Leningradi_Edasi_toimetus, lk 5
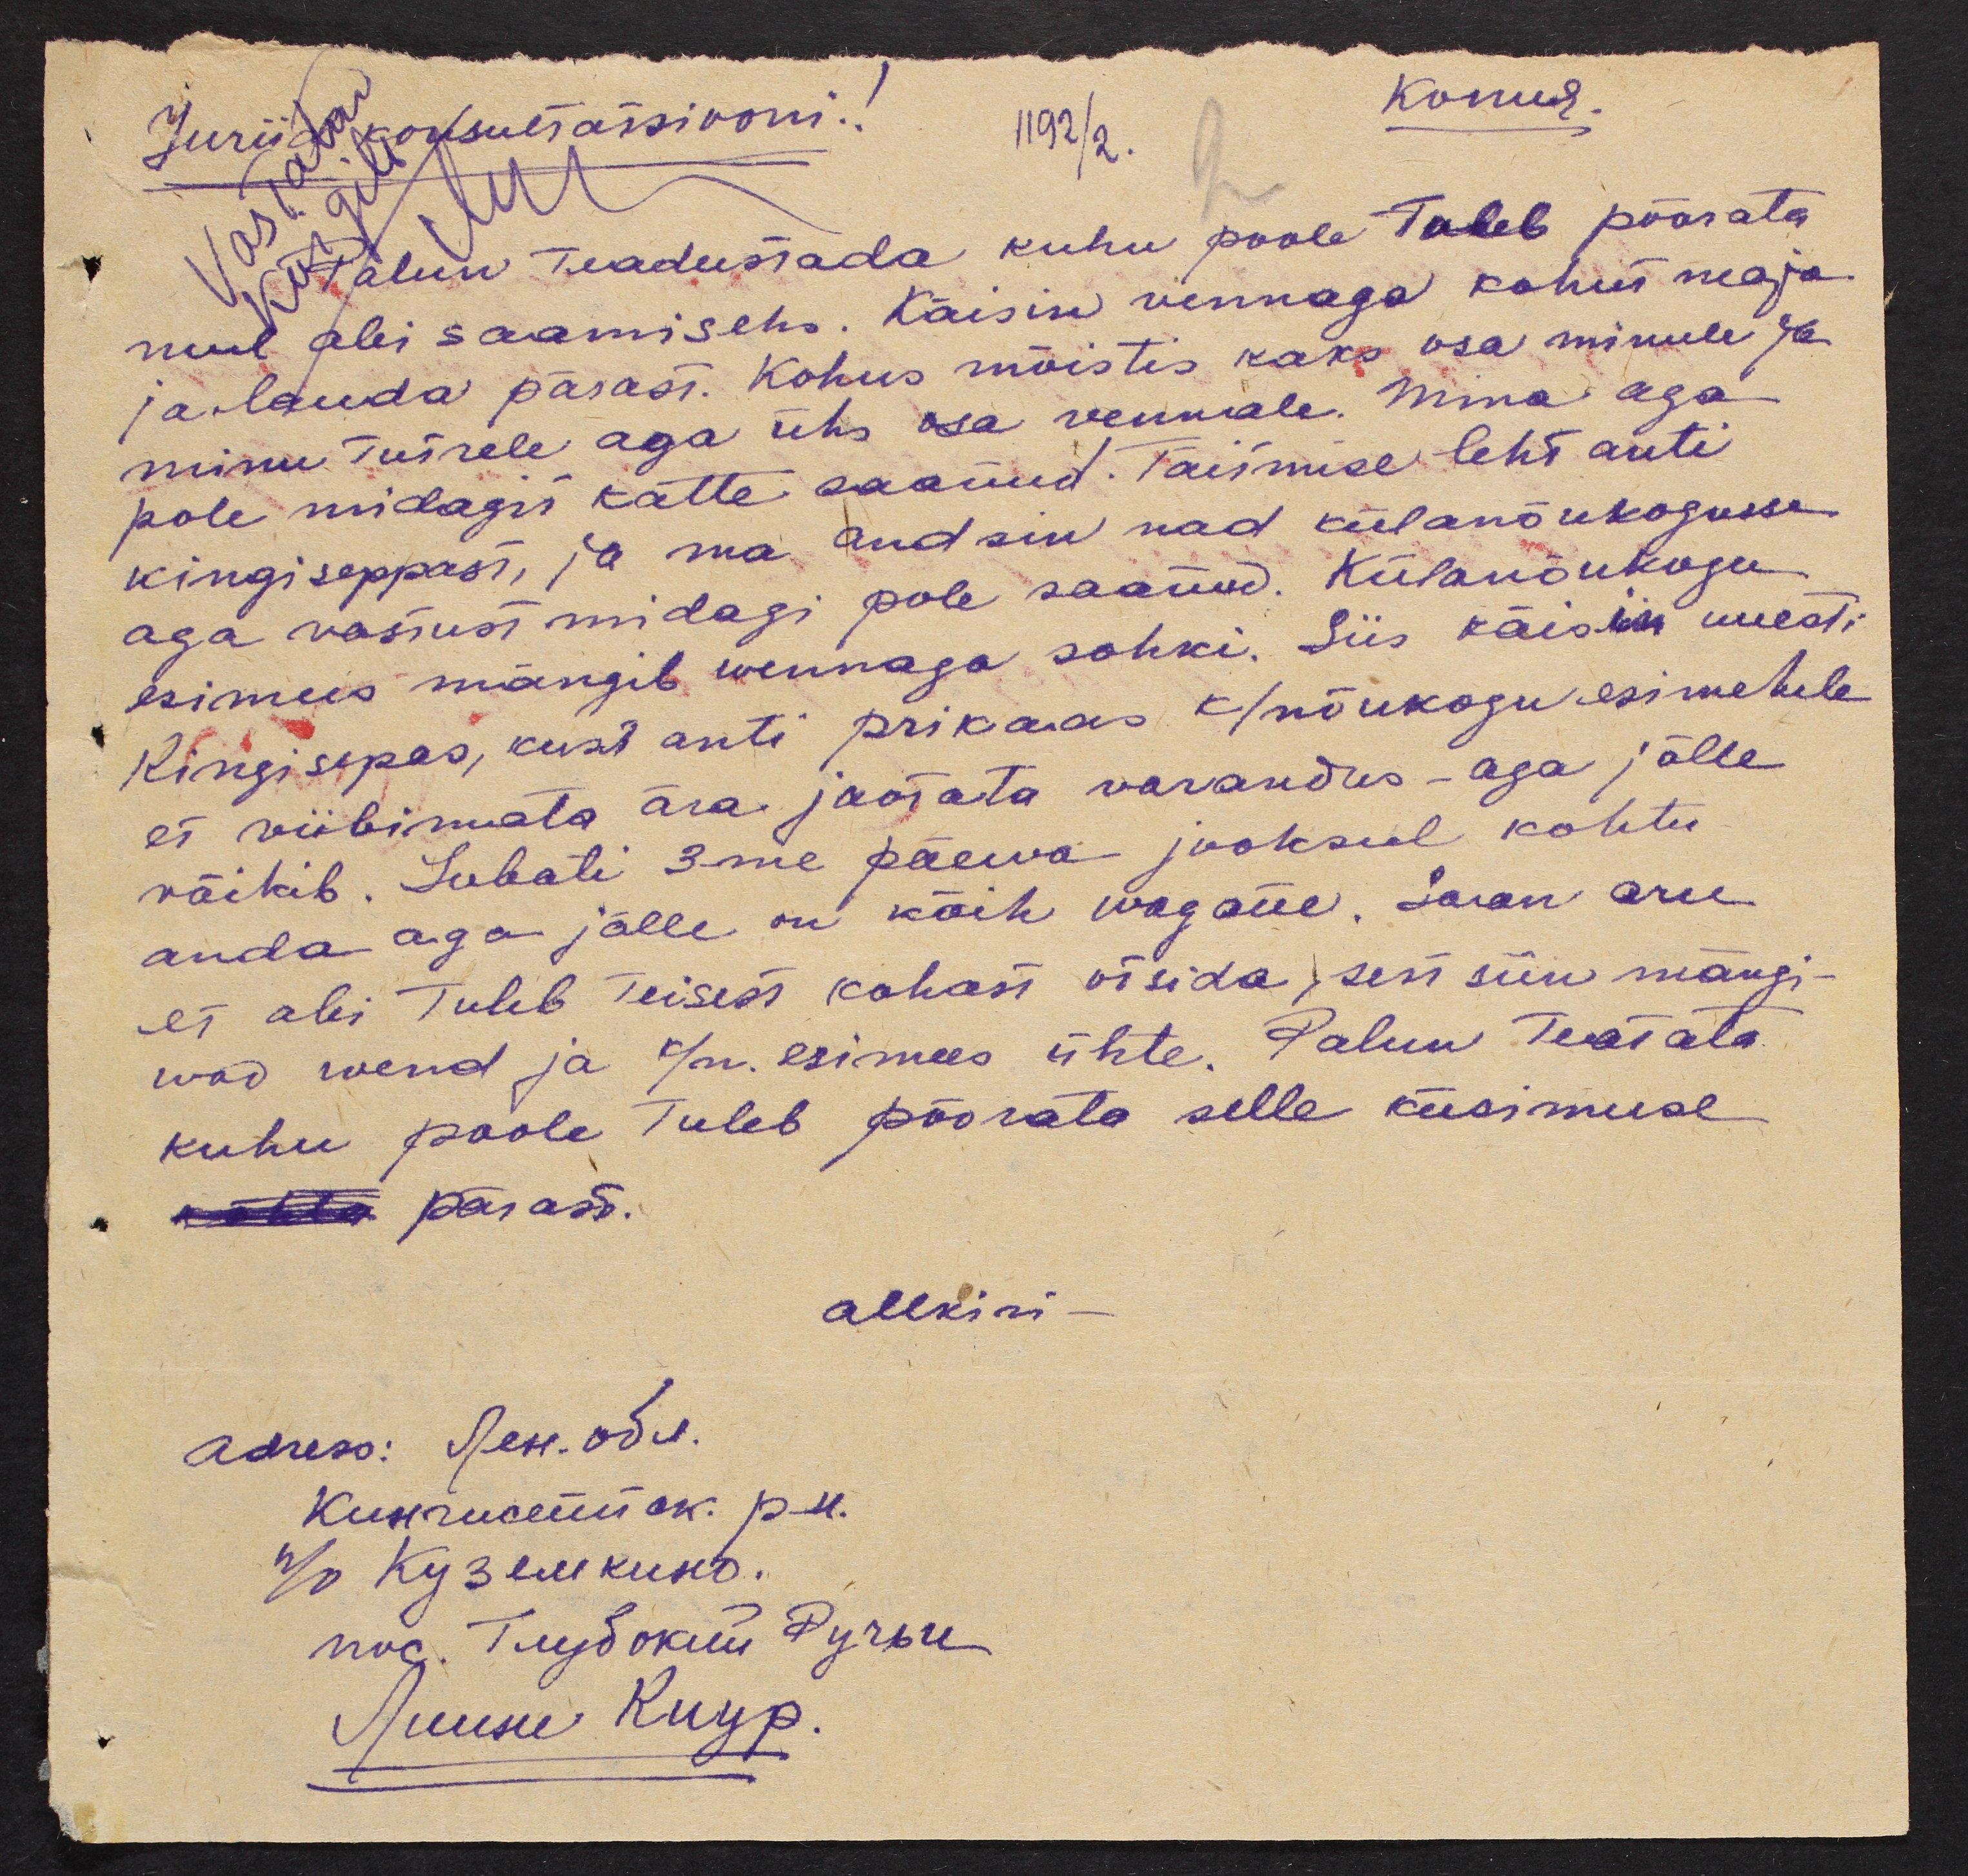
Juriid konsultatsiooni.!
1192/2.
Palun Teadustada kuhu poole Tuleb pöörata
mul abi saamiseks. Käisin vennaga kohut maja
ja lauda pärast. Kohus mõistis kaks osa minule ja
minu tütrele aga üks osa vennale. Mina aga
pole midagii kätte saanud. Täitmise leht anti
Kingiseppast, ja ma andsin nad külanõukogusse,
aga vastust midagi pole saanud. Külanõukogu
esimees mängib wennaga sohki. Siis käisin uuesti
Kingisepas, kust anti prikaas k/nõukogu esimehele
et viibimata ära jaotata varandus - aga jälle
väikib. Lubati 3-me päewa jooksul kohtu
anda aga jälle on kõik wagane. Saan aru
et abi Tuleb Teisest kohast otsida, sest siin mängi-
wad wend ja k/n. esimees ühte. Palun Teatata
kuhu poole Tuleb pöörata selle küsimuse
pärast.
adress: Sest. odv.
allkiri